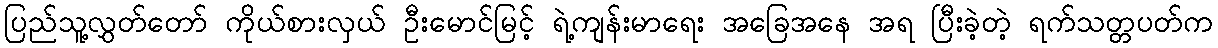
ပြည်သူ့လွှတ်တော် ကိုယ်စားလှယ် ဦးမောင်မြင့် ရဲ့ကျန်းမာရေး အခြေအနေ အရ ပြီးခဲ့တဲ့ ရက်သတ္တပတ်က